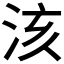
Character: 𣴃